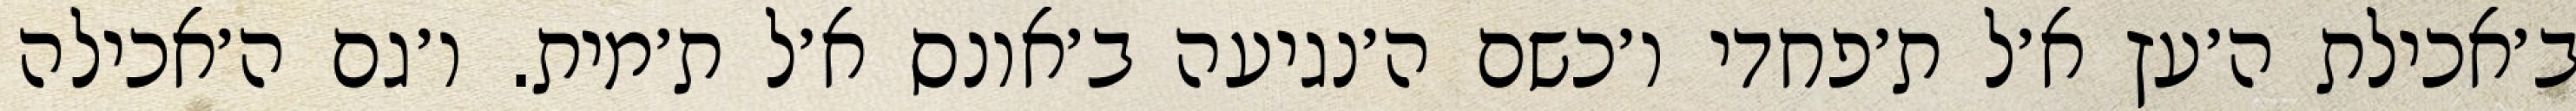
ב׳אכילת ה׳עץ א׳ל ת׳פחדי ו׳כשם ה׳נגיעה ב׳אונס א׳ל ת׳מית. ו׳גם ה׳אכילה